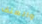
والعنف